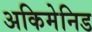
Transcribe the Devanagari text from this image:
अकिमेनिड